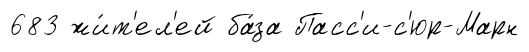
683 жи́т'ел'ей ба́за Пасс'и-с'юр-Марн